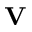
\mathbf { V }